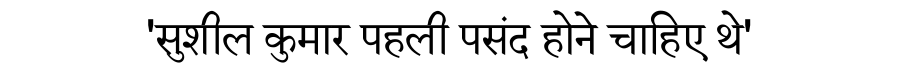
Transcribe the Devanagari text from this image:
'सुशील कुमार पहली पसंद होने चाहिए थे'